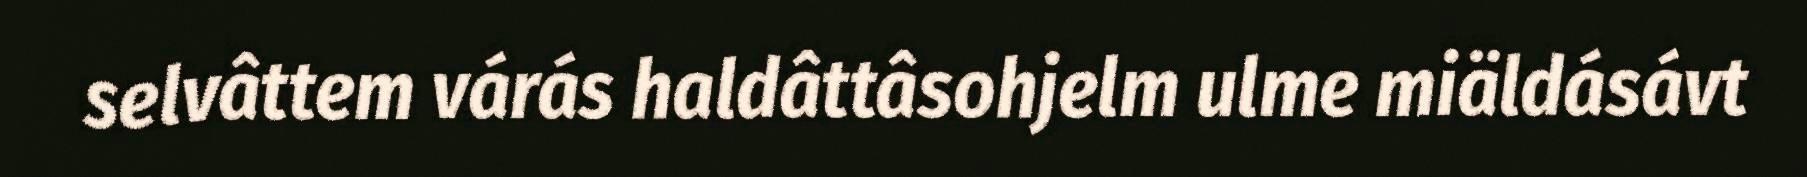
selvâttem várás haldâttâsohjelm ulme miäldásávt